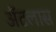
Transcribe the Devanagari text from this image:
अॅटलास